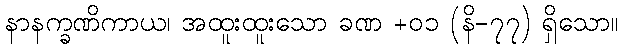
နာနက္ခဏိကာယ၊ အထူးထူးသော ခဏ +၀၁ (နိ-၇၇) ရှိသော။